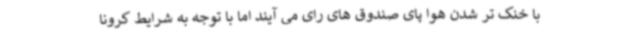
با خنک تر شدن هوا پای صندوق های رای می آیند اما با توجه به شرایط کرونا